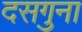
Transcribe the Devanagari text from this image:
दसगुना